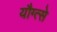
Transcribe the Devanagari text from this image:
यौग्त्से